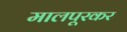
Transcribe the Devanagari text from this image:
मालपूरकर